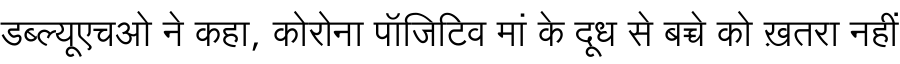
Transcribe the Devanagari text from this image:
डब्ल्यूएचओ ने कहा, कोरोना पॉजिटिव मां के दूध से बच्चे को ख़तरा नहीं